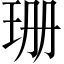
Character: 珊